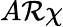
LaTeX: A\mathcal{R}\chi